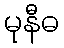
မုနီဓ